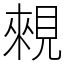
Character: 䚅